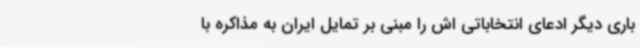
باری دیگر ادعای انتخاباتی اش را مبنی بر تمایل ایران به مذاکره با